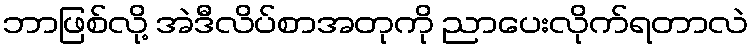
ဘာဖြစ်လို့ အဲဒီလိပ်စာအတုကို ညာပေးလိုက်ရတာလဲ